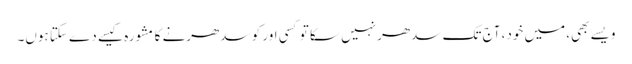
ویسے بھی، میں خود، آج تک سدھر نہیں سکا تو کسی اور کو سدھرنے کا مشورہ کیسے دے سکتا ہوں۔